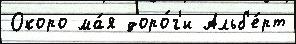
Окоро ма́я доро́г'и Альб'е́рт